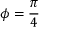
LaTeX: \phi = { \frac { \pi } { 4 } }